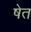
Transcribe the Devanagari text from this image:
षेत